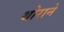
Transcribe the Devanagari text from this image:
थोराने